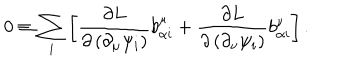
0 \equiv \sum _ { i } \left[ \frac { \partial L } { \partial \left( \partial _ { \mu } \psi _ { i } \right) } b _ { \alpha i } ^ { \mu } + \frac { \partial L } { \partial \left( \partial _ { \nu } \psi _ { i } \right) } b _ { \alpha i } ^ { \nu } \right] .